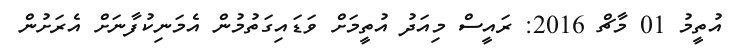
އުތީމު 01 މާޗް 2016: ރައީސް މިއަދު އުތީމަށް ވަޑައިގަތުމުން އެމަނިކުފާނަށް އެރަށުން